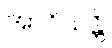
အာဝိသန္တိ